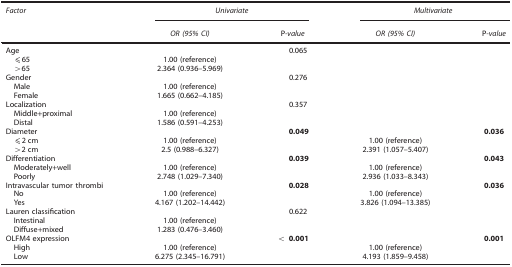
<table><thead><tr><td><b><i>Factor</i></b></td><td colspan="2"><b><i>Univariate</i></b></td><td colspan="2"><b><i>Multivariate</i></b></td></tr><tr><td><b> </b></td><td><b><i>OR (95% CI)</i></b></td><td><b>P<i>-value</i></b></td><td><b><i>OR (95% CI)</i></b></td><td><b>P<i>-value</i></b></td></tr></thead><tbody><tr><td>Age</td><td> </td><td>0.065</td><td> </td><td> </td></tr><tr><td> ⩽65</td><td>1.00 (reference)</td><td> </td><td> </td><td> </td></tr><tr><td> &gt;65</td><td>2.364 (0.936–5.969)</td><td> </td><td> </td><td> </td></tr><tr><td>Gender</td><td> </td><td>0.276</td><td> </td><td> </td></tr><tr><td> Male</td><td>1.00 (reference)</td><td> </td><td> </td><td> </td></tr><tr><td> Female</td><td>1.665 (0.662–4.185)</td><td> </td><td> </td><td> </td></tr><tr><td>Localization</td><td> </td><td>0.357</td><td> </td><td> </td></tr><tr><td> Middle+proximal</td><td>1.00 (reference)</td><td> </td><td> </td><td> </td></tr><tr><td> Distal</td><td>1.586 (0.591–4.253)</td><td> </td><td> </td><td> </td></tr><tr><td>Diameter</td><td> </td><td><b>0.049</b></td><td> </td><td><b>0.036</b></td></tr><tr><td> ⩽2 cm</td><td>1.00 (reference)</td><td> </td><td>1.00 (reference)</td><td> </td></tr><tr><td> &gt;2 cm</td><td>2.5 (0.988–6.327)</td><td> </td><td>2.391 (1.057–5.407)</td><td> </td></tr><tr><td>Differentiation</td><td> </td><td><b>0.039</b></td><td> </td><td><b>0.043</b></td></tr><tr><td> Moderately+well</td><td>1.00 (reference)</td><td> </td><td>1.00 (reference)</td><td> </td></tr><tr><td> Poorly</td><td>2.748 (1.029–7.340)</td><td> </td><td>2.936 (1.033–8.343)</td><td> </td></tr><tr><td>Intravascular tumor thrombi</td><td> </td><td><b>0.028</b></td><td> </td><td><b>0.036</b></td></tr><tr><td> No</td><td>1.00 (reference)</td><td> </td><td>1.00 (reference)</td><td> </td></tr><tr><td> Yes</td><td>4.167 (1.202–14.442)</td><td> </td><td>3.826 (1.094–13.385)</td><td> </td></tr><tr><td>Lauren classification</td><td> </td><td>0.622</td><td> </td><td> </td></tr><tr><td> Intestinal</td><td>1.00 (reference)</td><td> </td><td> </td><td> </td></tr><tr><td> Diffuse+mixed</td><td>1.283 (0.476–3.460)</td><td> </td><td> </td><td> </td></tr><tr><td>OLFM4 expression</td><td> </td><td><b>&lt; 0.001</b></td><td> </td><td><b>0.001</b></td></tr><tr><td> High</td><td>1.00 (reference)</td><td> </td><td>1.00 (reference)</td><td> </td></tr><tr><td> Low</td><td>6.275 (2.345–16.791)</td><td> </td><td>4.193 (1.859–9.458)</td><td> </td></tr></tbody></table>